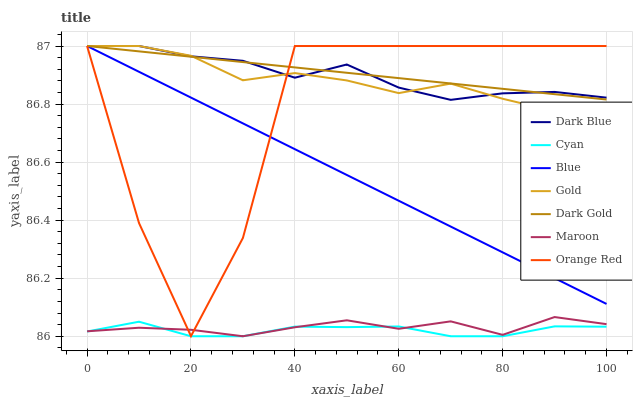
| xaxis_label | Dark Blue | Cyan | Blue | Gold | Dark Gold | Maroon | Orange Red |
 | --- | --- | --- | --- | --- | --- | --- | --- |
 | 0 | 87 | 86 | 87 | 87 | 87 | 86 | 87 |
 | 10 | 87 | 86.1 | 86.9 | 87 | 87 | 86 | 86.4 |
 | 20 | 87 | 86 | 86.8 | 87 | 87 | 86 | 86 |
 | 30 | 86.9 | 86 | 86.7 | 86.9 | 86.9 | 86 | 86.3 |
 | 40 | 86.9 | 86 | 86.6 | 86.9 | 86.9 | 86 | 87 |
 | 50 | 86.9 | 86 | 86.6 | 86.9 | 86.9 | 86.1 | 87 |
 | 60 | 86.9 | 86 | 86.5 | 86.8 | 86.9 | 86 | 87 |
 | 70 | 86.8 | 86 | 86.4 | 86.9 | 86.9 | 86.1 | 87 |
 | 80 | 86.8 | 86 | 86.3 | 86.8 | 86.9 | 86 | 87 |
 | 90 | 86.8 | 86 | 86.2 | 86.8 | 86.8 | 86.1 | 87 |
 | 100 | 86.8 | 86 | 86.1 | 86.8 | 86.8 | 86 | 87 |